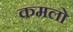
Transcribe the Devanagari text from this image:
कमलो